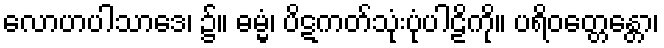
လောဟပါသာဒေ၊ ၌။ ဓမ္မံ၊ ပိဋကတ်သုံးပုံပါဠိကို။ ပရိဝတ္တေန္တော၊